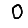
Digit: 0